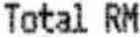
TOTAL RM